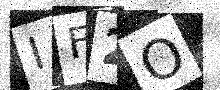
Text: IF2O